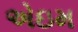
એઇમ